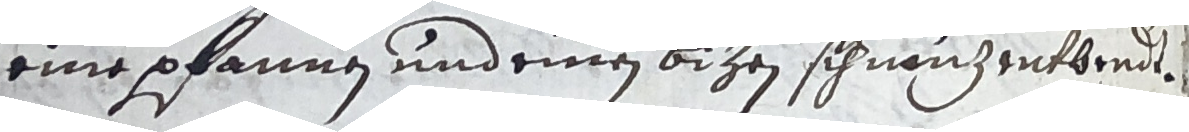
eine pfannen und einen bizen schnauhentbredt.